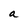
Character: a